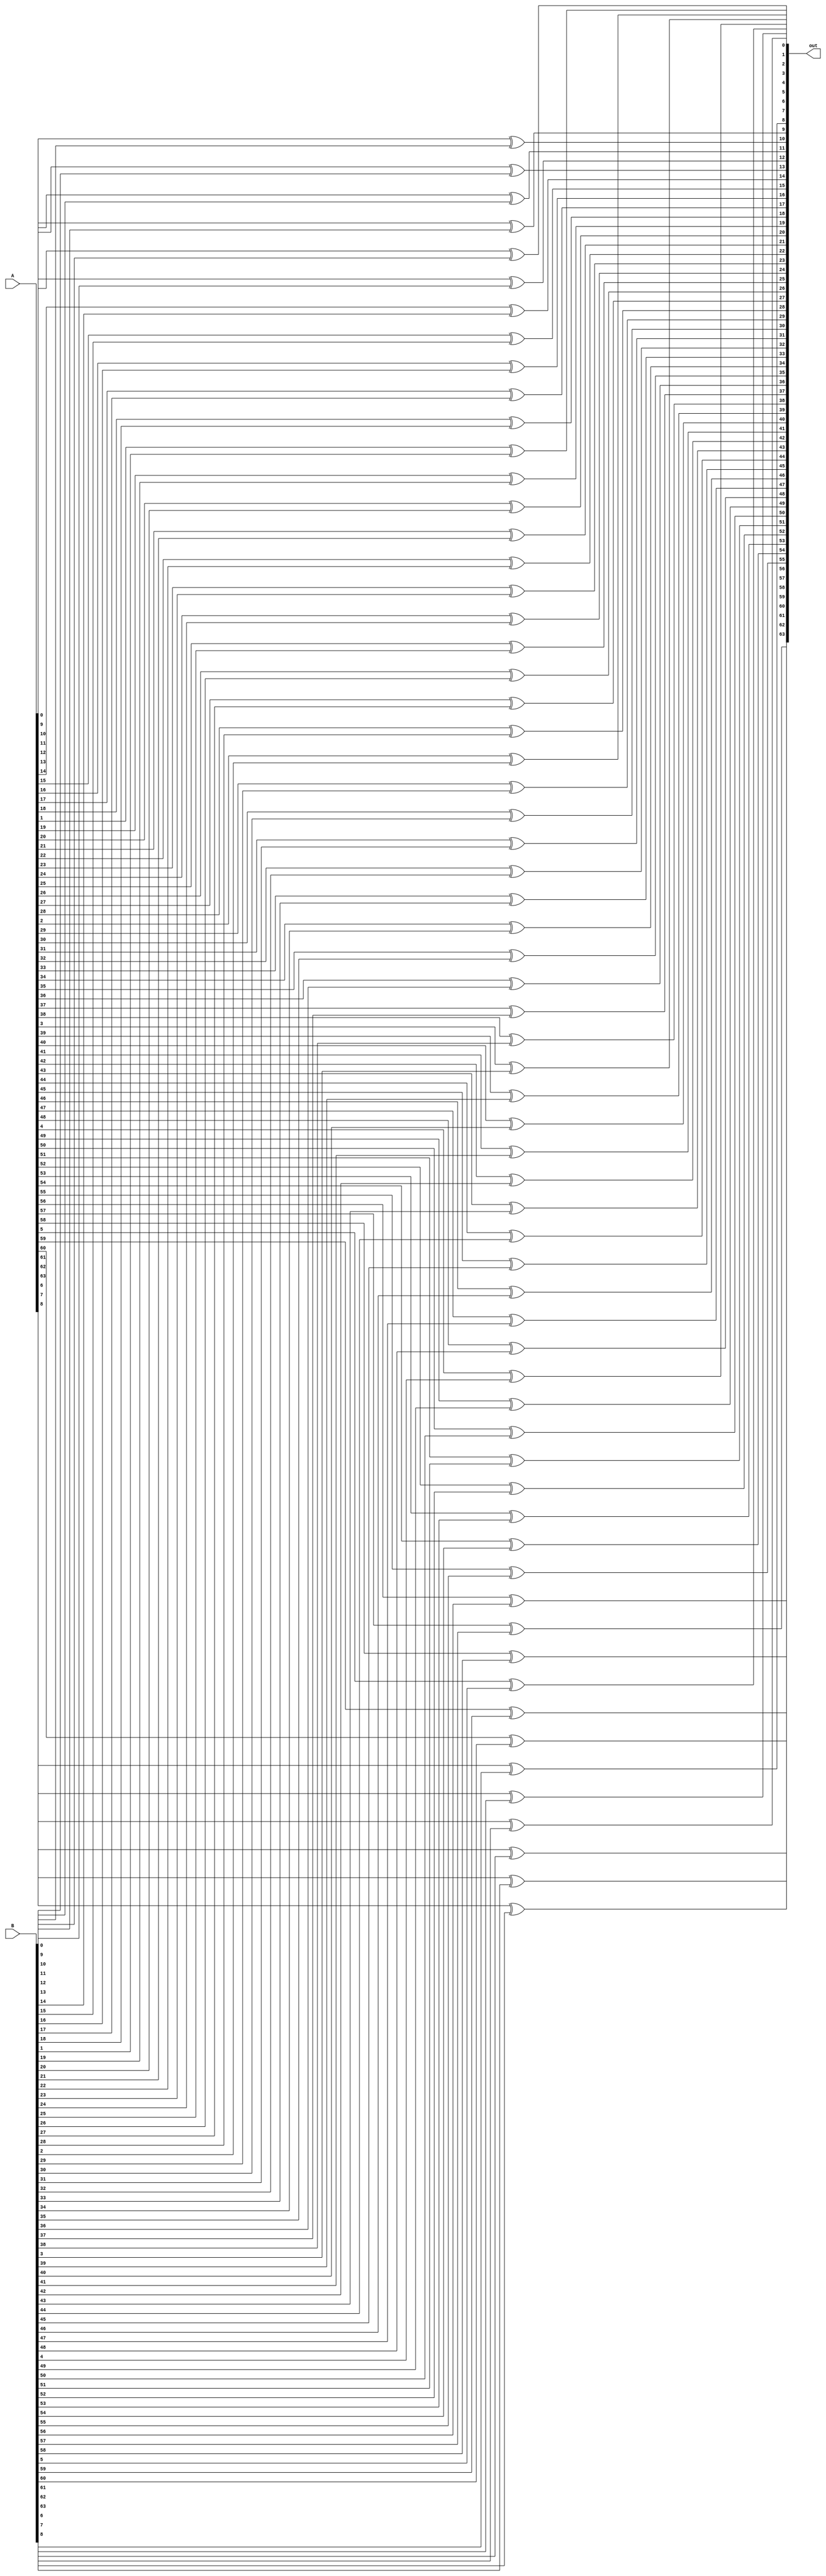
module xor64(A,B,out);

input signed [63:0]A;
input signed[63:0]B;
output signed[63:0]out;

genvar i;
generate
    for(i=0; i<64; i=i+1)
    begin
        xor f(out[i],A[i],B[i]);
    end
endgenerate

endmodule